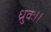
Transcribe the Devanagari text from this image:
ध्रुवः।।